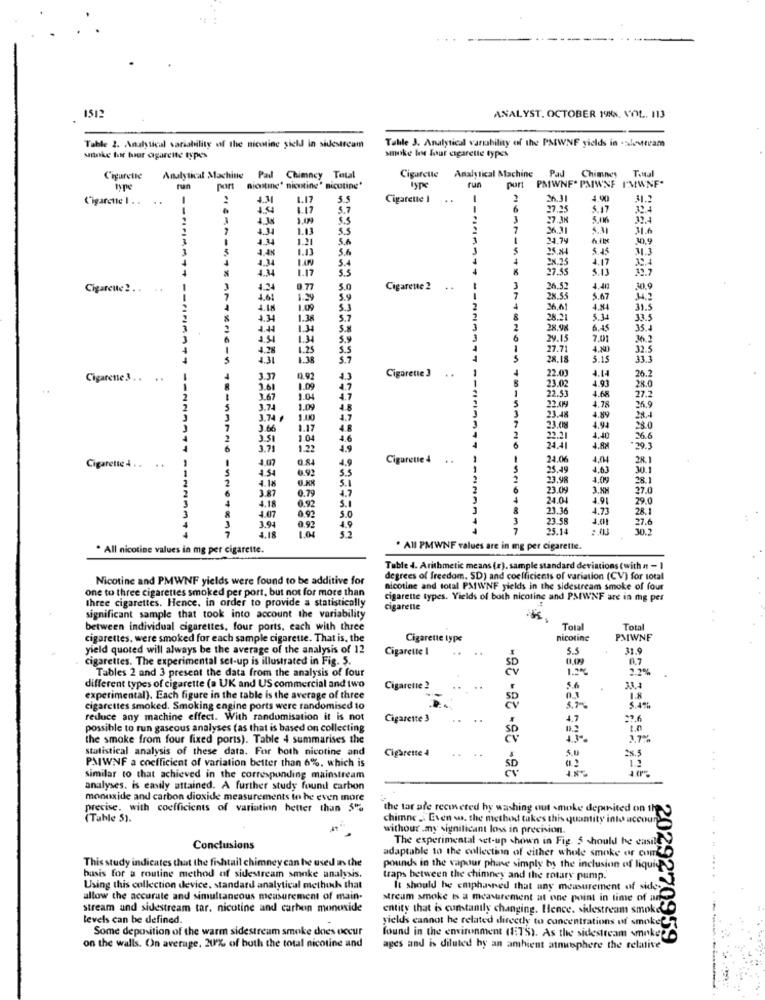
1512
ANALYST. OCTOBER 19x, VOL. 113
Table 3. Analytical variability of the PAWNF yields in sloveram
Table 2. Analytical variability of the nicotine yield in sidestream
snake tur buour cigarette types
smoke les four cigarette types
Analytical Machine
Pad
Chimney
T.Nul
Cigarette
Analytical Machine
Pad Chimney Total
Cigarette
type
rur
Biostine" nicotine" nicotine"
type
run
port
PMWNF" PMIWNF I'MWNF"
Cigarette I . .
..
1.17
Cigarette I
..
2
3.31
4.90
31.2
1.17
5.7
6
5.17
3
7 34
5.016
1.34
1.13
96.31
31.6
1.21
5.A
1
24.79
40.9
1.13
5.6
35.84
5.45
31.3
4.48
4.34
1.AN
5.4
4
2X.25
4.17
1.17
5.5
4
27.55
5.13
Cigarette2 . . ..
1.34
0.77
5.0
Cigarette 2
..
3
26.52
4.413
30.9
4.61
1.29
5.9
--
28.55
5.67
1.09
5.1
36,61
4.84
31.5
1.38
5.7
28.21
5.34
33.5
5.8
2
28.98
6.45
354
5.4
29.15
7,01
4.28
1.25
S.S
27.71
4.81
32.5
4.31
5
28.18
5.15
33.3
Cigarette 3
22.0
4.14
26.2
Cigarette3 .. ..
3.37
..
23.02
4.91
28.0
3.61
1.09
22.53
27.2
3.67
22 09
4.68
26.9
3.74
4.78
3.74 ₽
1.100
23.48
4.89
4.94
28.4
3.66
23.08
28.0
3.51
1.04
2
22.21
4.40
26.6
3.71
1.22
4.9
24.41
4.82
+20.3
4.07
0.84
Cigarette 4 ..
-
24.06
4,04
28.1
Cigarette 4. . ..
4.54
0.92
5.5
25.49
4.03
30.1
4.18
5.1
23.98
4.09
28.1
3.87
0.79
4.7
6
23.09
3.88
27.0
2D'F
0.92
5.1
24.04
4.91
29.0
0.92
21.36
4.73
28.1
3.94
5.0
23.58
1.01
27.6
0.92
1.04
4.9
7
25.14
30.
. All nicotine values in mg per cigarette.
. All PMWNF values are in mg per cigarette.
Table 4. Arithmetic means (r), sample standard deviations (with « - 1
Nicotine and PMWNF yields were found to be additive for
degrees of freedom. SD) and coefficients of variation (CV) for total
one to three cigarettes smoked per port, but not for more than
nicotine and total PMIWNF yields in the sidestream smoke of four
Ihree cigarettes. Hence, in order to provide a statistically
cigarette types. Yields of both nicotine and PMWNF are in mg per
cigarette
significant sample that took into account the variability
between individual cigarettes, four ports, each with three
Total
Total
cigarettes, were smoked for each sample cigarette. That is, the
Cigarette type
nicotine
PMWNF
yield quoted will always be the average of the analysis of 12
Cigarette I
..
5.5
31.9
. cigarettes. The experimental set-up is illustrated in Fig. 5.
0,09
0.7
Tables 2 and 3 present the data from the analysis of four
different types of cigarette (a UK and US commercial and two
Cigarette 2
5.6
31,4
experimental). Each figure in the table is the average of three
1.8
cigarettes smoked. Smoking engine ports were randomised 10
5.7-
reduce any machine effect. With randomisation it is not
Cigarette 3
..
4.7
27.6
possible to run gaseous analyses (as that is based on collecting
the smoke from four fixed ports). Table 4 summarises the
SP.
17%
statistical analysis of these data. For both nicotine and
Cigarette 4
..
5.0
PMWNF a coefficient of variation better than 6%. which is
similar to that achieved in the corresponding mainstream
analyses. is easily attained. A further study found carbon
monoxide and carbon dioxide measurements to he even more
precise. with coefficients of variation hetter than 5%
the tar afe recovered hy washing out smoke depinited on the
(Table 5).
chimne , Even wa. the method takes th
withour .my significant loss in precision
The experimental set-up shown in Fig. 5 should be easily
Conclusions
adaptable to the collection of either whole smoke or comde
This study indicates that the fishtail chimney can be used in the
pounds in the vapour phone simply by the inclusion of liquid
basis for a routine method of sidestream smoke analysis.
traps between the chimney and the rotary pump.
Using this collection device, standard analytical methods that
It should he emphasned that any measurement of side
allow the accurate and simultaneous measurement of main-
stream smoke is a measurement at one point in time of a
stream and sidestream tar. nicotine and carbon monoxide
entity that is constantly changing. Hence. sidestream smoke
levels can be defined.
yields cannot he related directly to concentrations of smok
Some deposition of the warm sidestream smoke does occur
found in the environment (ETS). As the sidestream smoke
959
on the walls. On average, 20% of both the total nicotine and
ages and is diluted by an ambient atmosphere the relative